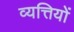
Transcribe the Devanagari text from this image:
व्यत्तियों